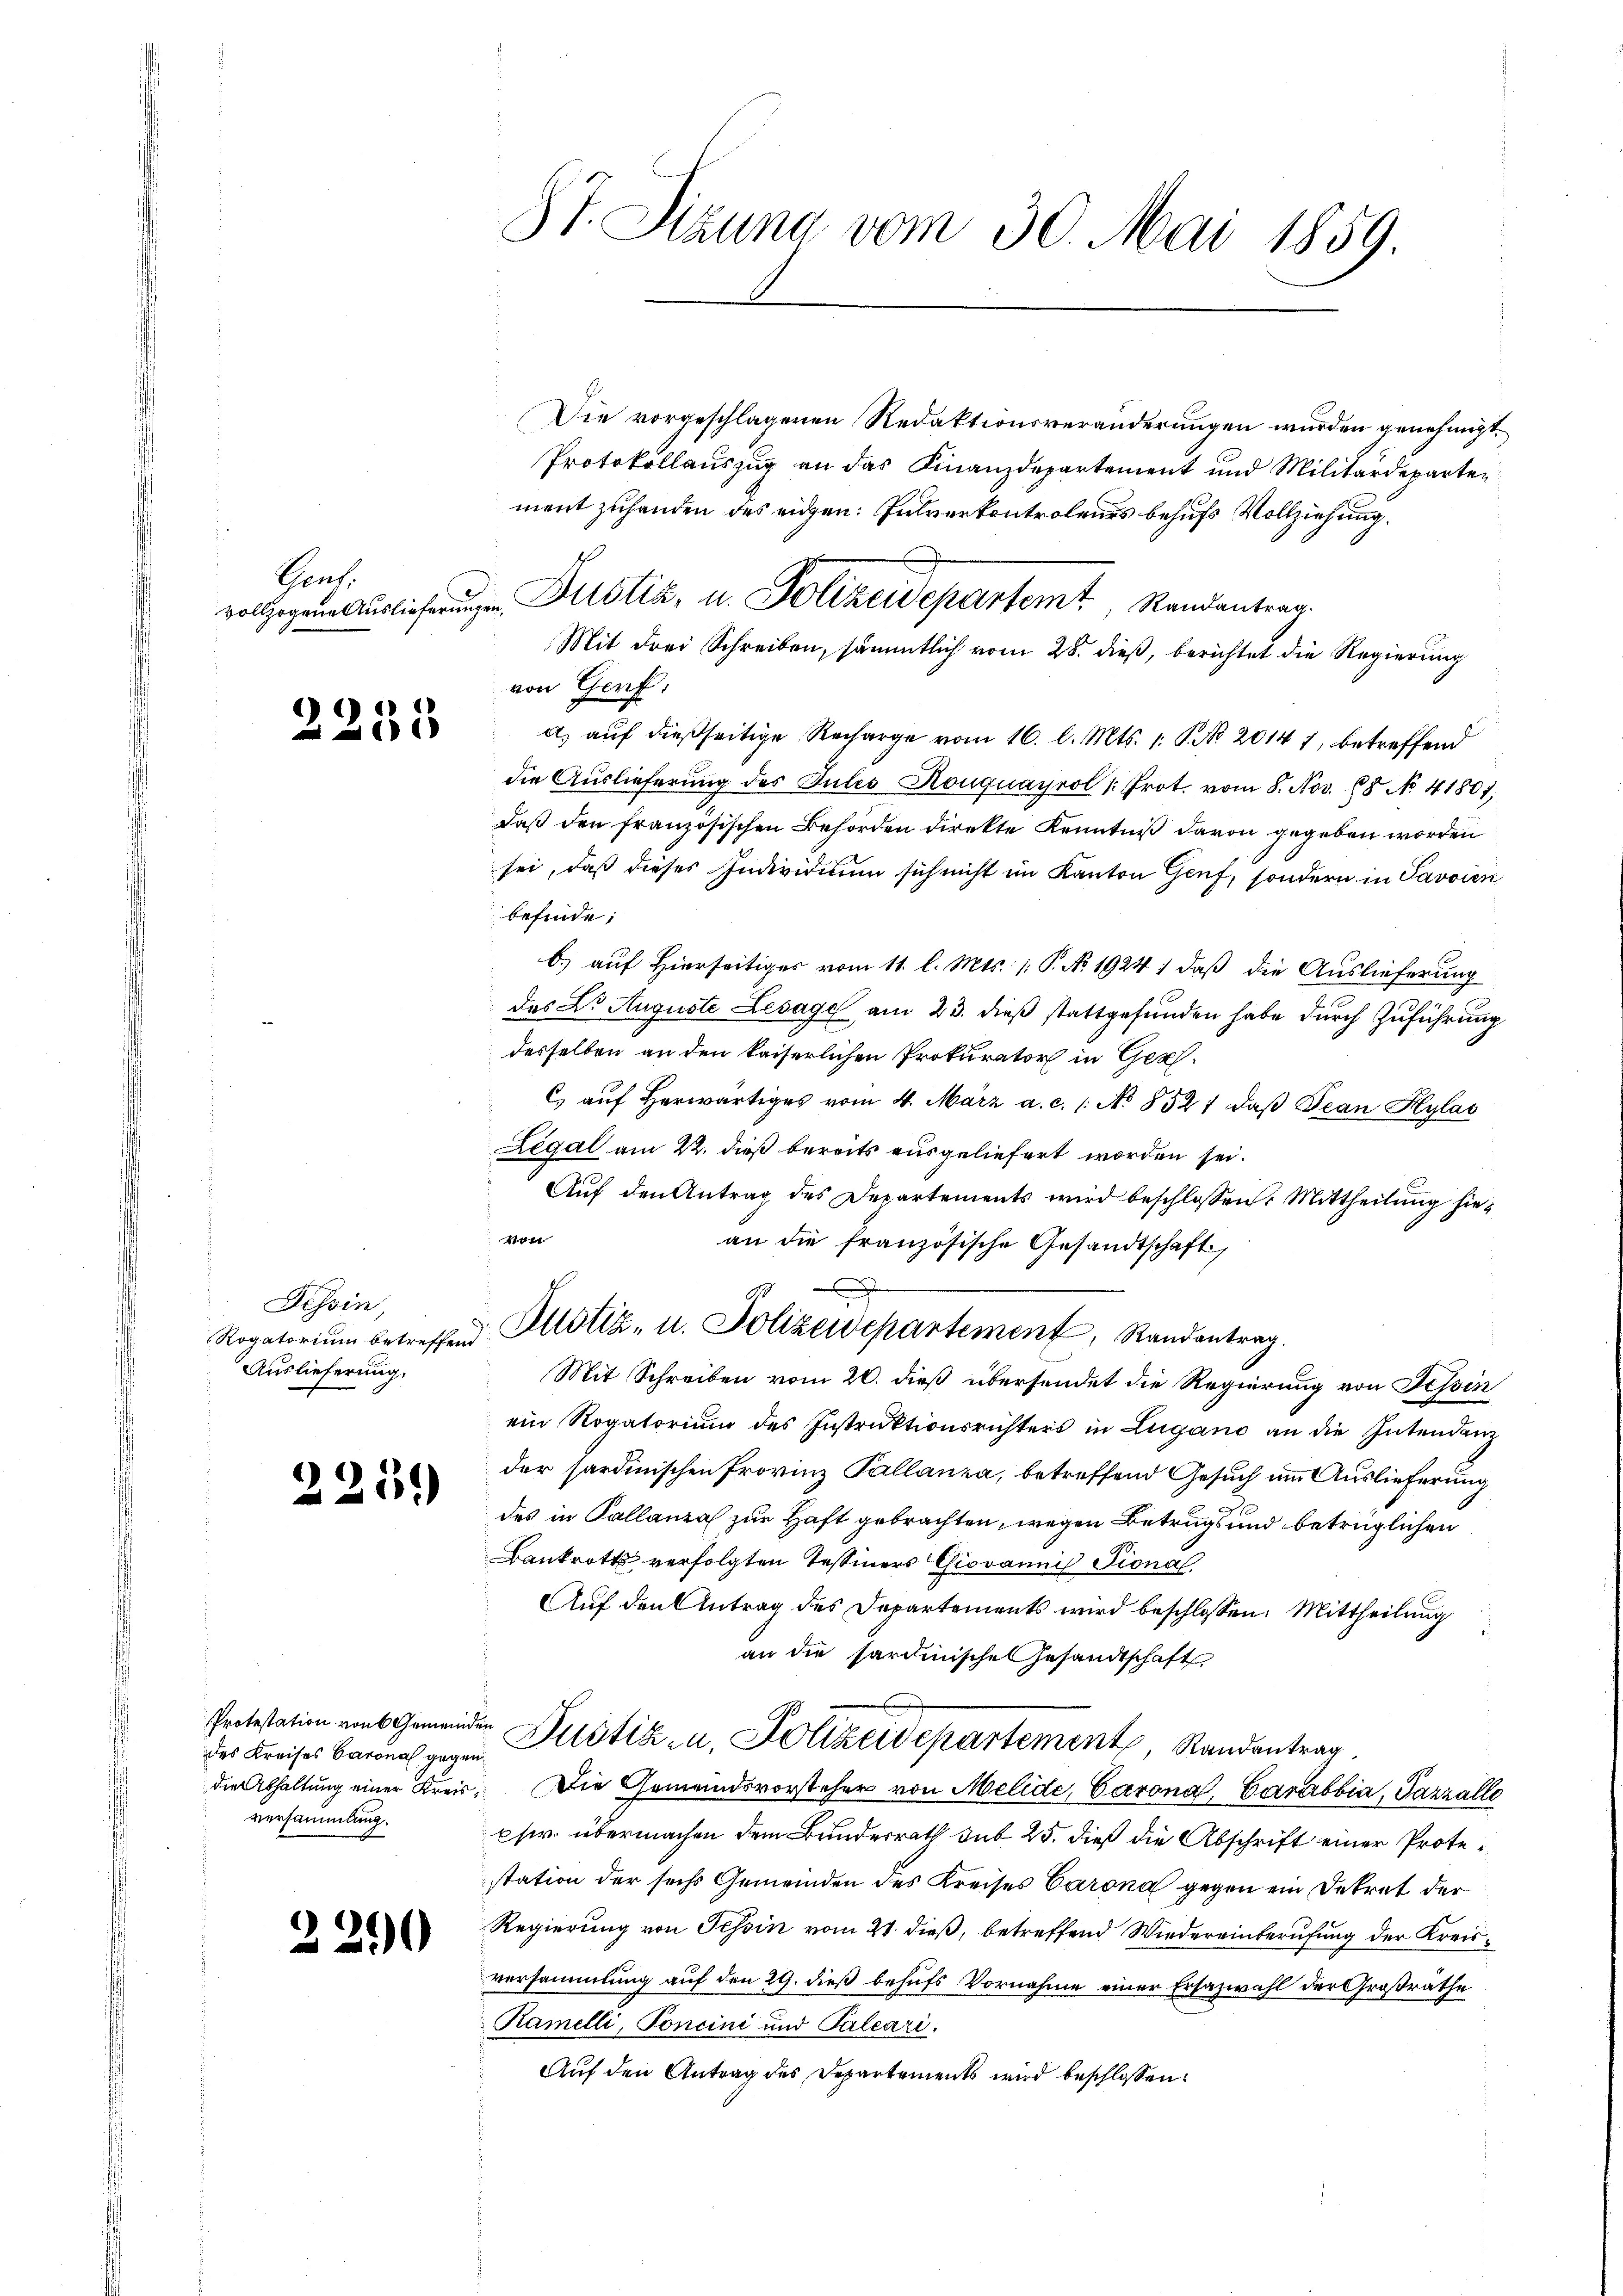
Herh.

2253

Tessin,
Rogatorium betreffen.
Auslieferung.

225.

des Kreises Barona gegen
versammlung.

2290

87. Sizung vom 30. Mai 1859.

Die vorgeschlagenen Redaktionsveränderungen wurden genehmigt.
Protokollauszug an das Finanzdepartement und Militärdeparten
ment zuhanden des eigen: Pulverkontrolenes behufs Vollziehung.
vollegene Auslicherungen Justiz, u. Polizeidepartemt, Randantrag.
Mit drei Schreiben, sämmtlich vom 28. dieß, berichtet die Regierung
von Gerf.
a) auf dießseitige Recharge vom 16. l. Mts. 1. P. No 20147, betreffend
die Auslieferung des Pules Houguayrol /: Prot. vom 8. Nov. 18 No. 41801,
daß den französischen Behörden direkte Kenntniß davon gegeben worden
sei, daß dieses Individium sich nicht im Kanton Genf, sondern in Savoien
befinde;
b.) auf Hierseitiges vom 11. l. Mts. 1. P. No 1924 : daß die Auslieferung
des Dr. Auguste Lesage am 23. dieß stattgefunden habe durch Zuführung
desselben an den kaiserlichen Prokurator in Ges.
C aŭf herwärtiges vom 4. März a. c. 1. No 8521 daβ Pean Hylas
Legal am 22. dieß bereits ausgeliefert worden sei.
Auf den Antrag des Departements wird beschlossen: Mittheilung hie¬
Wo
an die französische Gesandtschaft,
x
 Justiz- u. Polizeidepartement, Randantrag.
Mit Schreiben vom 20. dieß übersendet die Regierung von Tessin
ein Rogatorium des Instruktionsrichters in Lugano an die Intendanz
der sardinischen Provinz Pallanza, betreffend Gesuch um Auslieferung
des in Kallanza zur Haft gebrachten, wegen Betrugs und betrüglichen
Bankrott verfolgten Tessiners Giovannis Pional
Auf den Antrag des Departements wird beschlossen: Mittheilung
an die sardinische Gesandtschaft
Protestation eins Gemeinder Justik u. Polizeidepartement, Randantrag
die Abhaltung einer Kreis. Die Gemeindsvorsteher von Melide, Barona, Carabbia, Pazzalle
psir. übermachen dem Bunderrath sub 25. dieß die Abschrift einer Protestation der sechs Gemeinden des Kreises Carona gegen ein Dekret der
Regierung von Tessin vom 21. dieß, betreffend Wiedereinberufung der Kreisversammlung auf den 29. dieß behufs Vornahme einer Ersazwahl der Großräthe
Ramelli, Foncini und Palcari.
Auf den Antrag des Departements wird beschlossen: